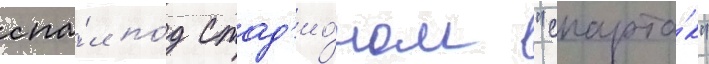
спа́л по́д стад'ио́ном "спарта́к"